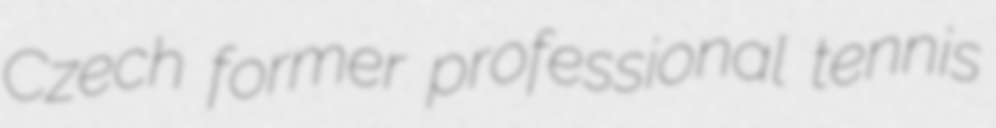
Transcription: Czech former professional tennis